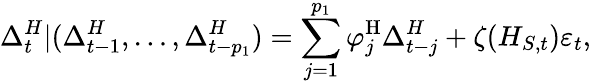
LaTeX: \Delta_{t}^{H}|(\Delta_{t-1}^{H},\dots,\Delta_{t-p_{1}}^{H})=\sum_{j=1}^{p_{1}}\varphi_{j}^{\mathrm{H}}\Delta_{t-j}^{H}+\zeta(H_{S,t})\varepsilon_{t},